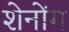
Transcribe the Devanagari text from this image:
शेनोंग